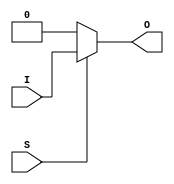
`timescale 1 ns / 1 ps

module prdoor #(
  parameter WIDTH   = 1,
  parameter vDOOR   = {WIDTH{1'b0}}
)
(
  input   wire  [WIDTH  - 1 : 0]  I,
  input   wire                    S,
  output  wire  [WIDTH  - 1 : 0]  O
);

wire [WIDTH - 1 : 0] DOOR;
assign DOOR = vDOOR;
assign O = S ? I : DOOR;

endmodule